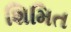
શિમિત